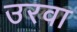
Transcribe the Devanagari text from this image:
उरवा